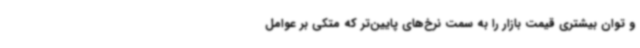
و توان بیشتری قیمت بازار را به سمت نرخ‌های پایین‌تر که متکی بر عوامل